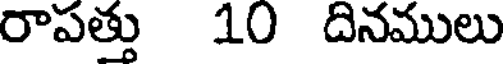
రాపత్తు 10 దినములు